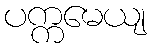
ပက္ကမေယျ